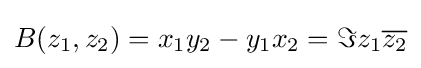
B(z_{1},z_{2})=x_{1}y_{2}-y_{1}x_{2}=\Im z_{1}{\overline {z_{2}}}